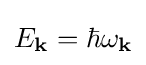
E_{\mathbf {k} }=\hbar \omega _{\mathbf {k} }